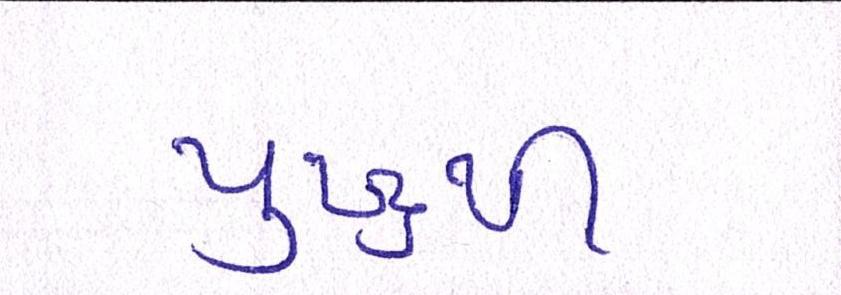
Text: યુદ્ધથી